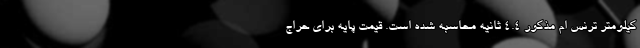
کیلومتر ترنس ام مذکور 4.4 ثانیه محاسبه شده است. قیمت پایه برای حراج